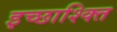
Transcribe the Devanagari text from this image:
इच्छाश्क्ति